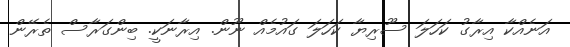
އަނެއްކާ އިރާގު ކަހަލަ ސޫރިޔާ ކަހަލަ ގައުމެއް ނޫން. އިރާނަކީ. ބިންގަރާސް ތެރޭން